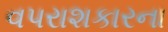
વપરાશકારના